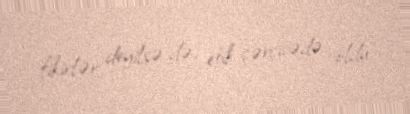
fikirlər deyilsə də, etik çərçivədə oldu.